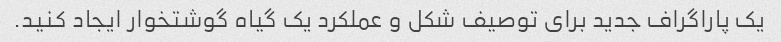
یک پاراگراف جدید برای توصیف شکل و عملکرد یک گیاه گوشتخوار ایجاد کنید.